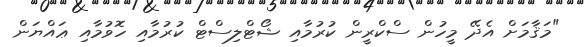
"މަޤާމަށް އެދޭ މީހުން ސްކްރީން ކުރުމާއި ޝޯޓްލިސްޓް ކުރުމާއި ހޮވުމާއި ޢައްޔަން